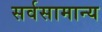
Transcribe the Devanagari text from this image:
सर्वसामान्‍य